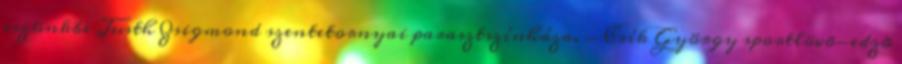
eszünkbe Justh Zsigmond szentetornyai parasztszínháza. - Csík György sportlövõ-edzõ